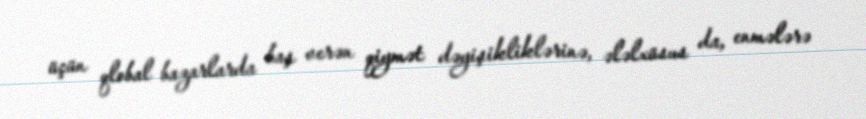
üçün qlobal bazarlarda baş verən qiymət dəyişikliklərinə, ələlxüsus da, enmələrə